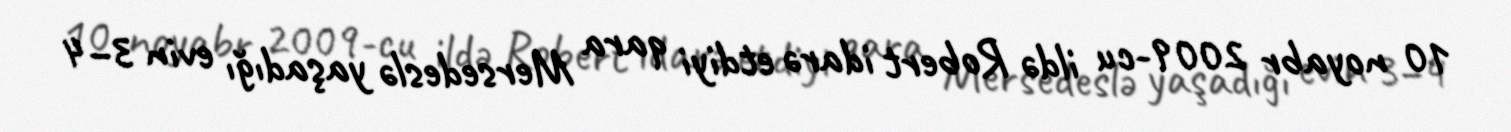
10 noyabr 2009-cu ildə Robert idarə etdiyi qara Mersedeslə yaşadığı evin 3–4